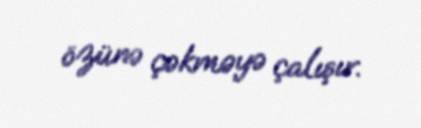
özünə çəkməyə çalışır.